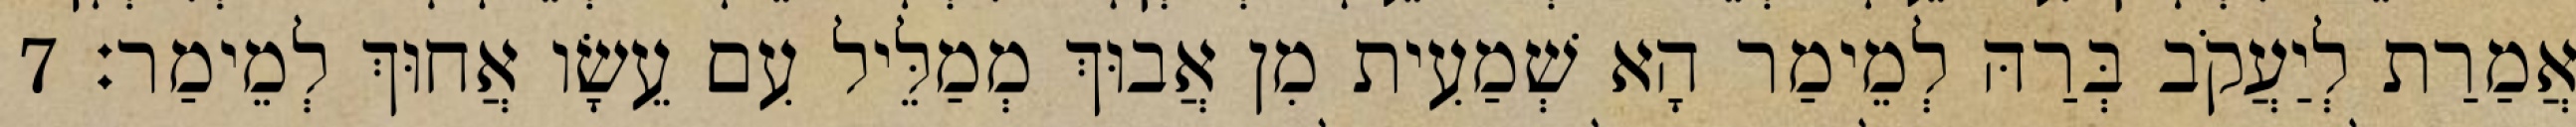
אֲמַרַת לְיַעֲקֹב בְּרַהּ לְמֵימַר הָא שְׁמַעִית מִן אֲבוּךְ מְמַלֵּיל עִם עֵשָׂו אֲחוּךְ לְמֵימַר׃ 7